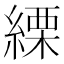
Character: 𦃊